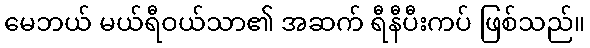
မေဘယ် မယ်ရီဝယ်သာ၏ အဆက် ရီနီပီးကပ် ဖြစ်သည်။